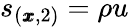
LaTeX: s_{(\pmb{x},2)}=\rho u